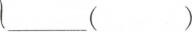
___（ ）